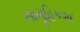
સામૂહિકવાદ